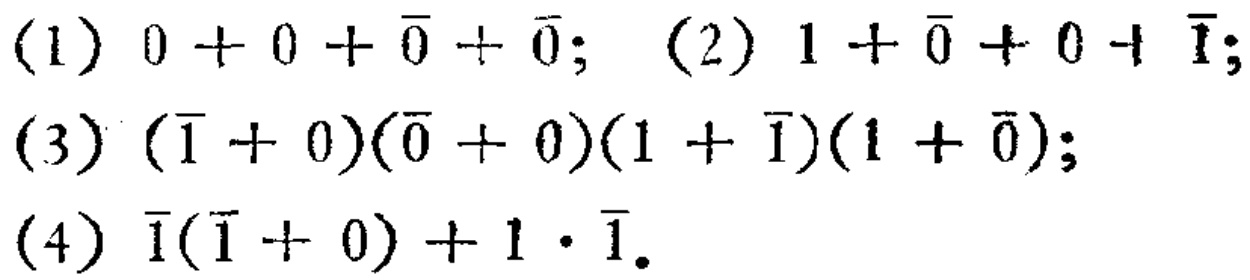
(1) \(0 + 0 + \overline{0} + \overline{0}\); (2) \(1 + \overline{0} + 0 + \overline{1}\);

(3) \((\overline{1} + 0)(\overline{0} + 0)(1 + \overline{1})(1 + \overline{0})\);

(4) \(\overline{1}(\overline{1} + 0)+1\cdot\overline{1}\)